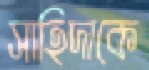
সাহিদাকে